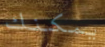
يمكنك